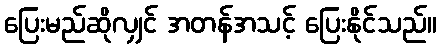
ပြေးမည်ဆိုလျှင် အတန်အသင့် ပြေးနိုင်သည်။